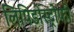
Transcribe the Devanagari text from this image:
लिपिडोस्ट्रोफी